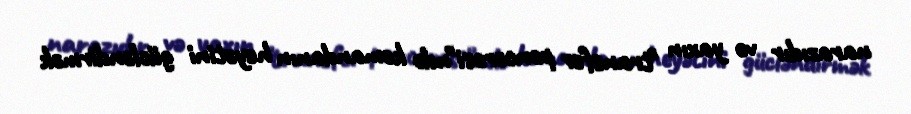
narazıdır və yaxın "transfer pəncərəsi"ndə komandanın heyətini gücləndirmək